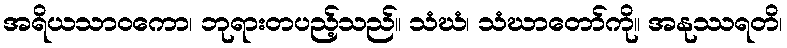
အရိယသာဝကော၊ ဘုရားတပည့်သည်။ သံဃံ၊ သံဃာတော်ကို။ အနုဿရတိ၊